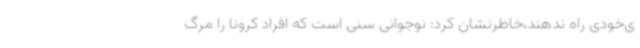
ی‌خودی راه ندهند،خاطرنشان کرد: نوجوانی سنی است که افراد کرونا را مرگ